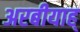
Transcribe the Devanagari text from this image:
अरबीयाह्